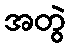
အတွဲ